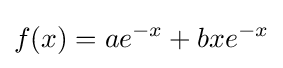
f(x)=ae^{-x}+bxe^{-x}